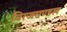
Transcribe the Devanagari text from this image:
विरजमण्डल